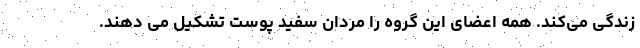
زندگی می‌کند. همه اعضای این گروه را مردان سفید پوست تشکیل می دهند.